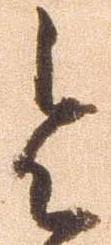
令